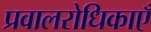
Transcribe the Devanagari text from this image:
प्रवालरोधिकाएँ